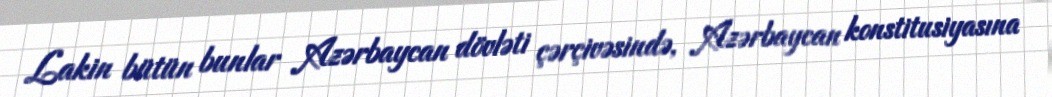
Lakin bütün bunlar Azərbaycan dövləti çərçivəsində, Azərbaycan konstitusiyasına